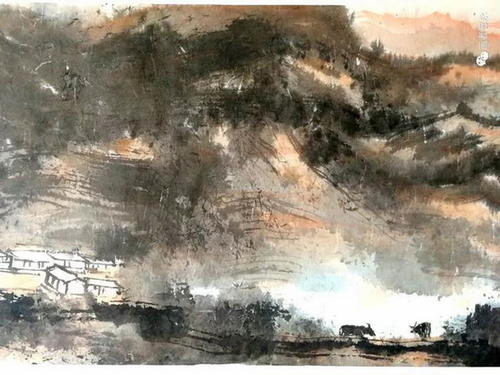
孤客伤逝湍，徒旅苦奔峭。